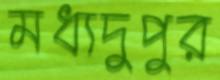
মধ্যদুপুর